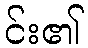
င်း၏